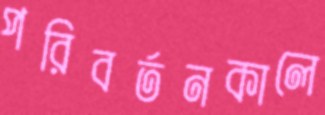
পরিবর্তনকালে